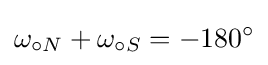
\omega _{\circ N}+\omega _{\circ S}=-180^{\circ }